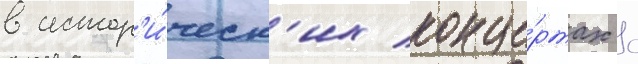
в истор'и́ческ'их конце́ртах с